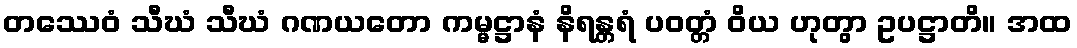
တဿေဝံ သီဃံ သီဃံ ဂဏယတော ကမ္မဋ္ဌာနံ နိရန္တရံ ပဝတ္တံ ဝိယ ဟုတွာ ဥပဋ္ဌာတိ။ အထ